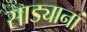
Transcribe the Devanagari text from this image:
साड्यानां